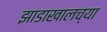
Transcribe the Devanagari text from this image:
झाडाखालच्या